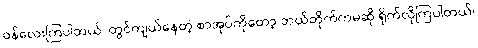
ဝန်လေးကြပါတယ်၊ တွင်ကျယ်နေတဲ့ စာအုပ်ကိုတော့ ဘယ်တိုက်ကမဆို ရိုက်လိုကြပါတယ်၊